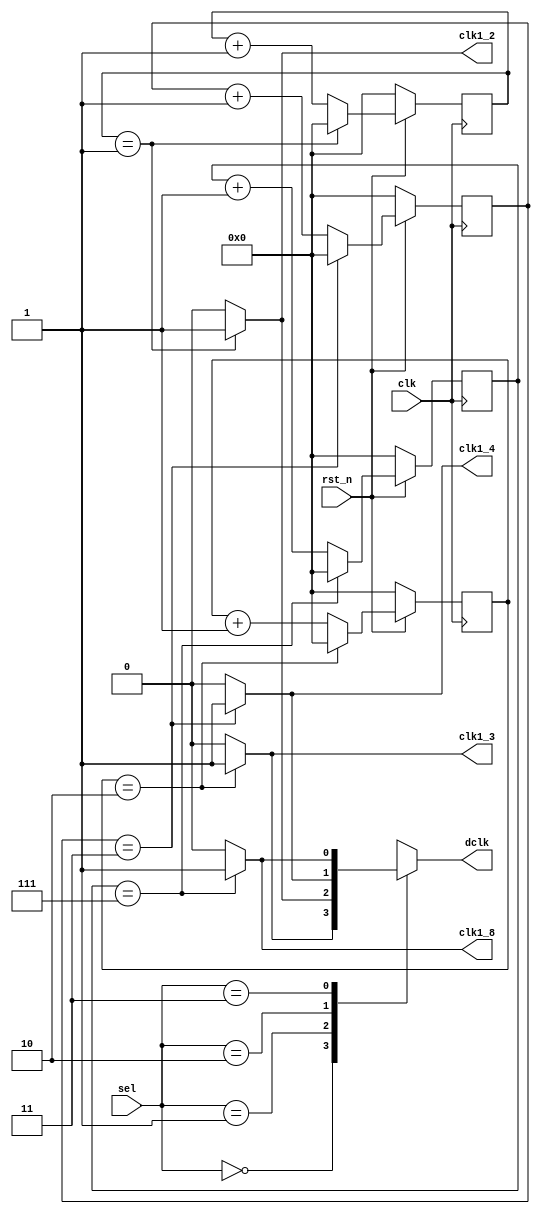
`timescale 1ns/1ps

module Clock_Divider (clk, rst_n, sel, clk1_2, clk1_4, clk1_8, clk1_3, dclk);

input clk;
input rst_n;
input [2-1:0] sel;
output clk1_2;
output clk1_4;
output clk1_8;
output clk1_3;
output reg dclk;

reg [4-1:0] cnt_2;      // count from 0 to 1
reg [4-1:0] cnt_4;      // count from 0 to 3
reg [4-1:0] cnt_8;      // count from 0 to 7
reg [4-1:0] cnt_3;      // count from 0 to 2


// Sequential Circuit
always @(posedge clk) begin
    if (rst_n == 1'b0) begin
        cnt_2 <= 4'b0;
        cnt_4 <= 4'b0;
        cnt_8 <= 4'b0;
        cnt_3 <= 4'b0;
    end
    else begin
        // cnt_2
        if (cnt_2 == 4'd1)
            cnt_2 <= 4'b0;
        else
            cnt_2 <= cnt_2 + 4'b1;
        // cnt_4
        if (cnt_4 == 4'd3)
            cnt_4 <= 4'd0;
        else
            cnt_4 <= cnt_4 + 4'b1;
        // cnt_8
        if (cnt_8 == 4'd7)
            cnt_8 <= 4'b0;
        else
            cnt_8 <= cnt_8 + 4'b1;
        // cnt_3
        if (cnt_3 == 4'd2)
            cnt_3 <= 4'b0;
        else
            cnt_3 <= cnt_3 + 4'b1;
    end
end

// Combinational Circuit
assign clk1_2 = (cnt_2 == 4'd1 ? 1'b1 : 1'b0);
assign clk1_4 = (cnt_4 == 4'd3 ? 1'b1 : 1'b0);
assign clk1_8 = (cnt_8 == 4'd7 ? 1'b1 : 1'b0);
assign clk1_3 = (cnt_3 == 4'd2 ? 1'b1 : 1'b0);

// Combinational Circuit
always @(*) begin
    case (sel)
        2'b00: dclk = clk1_3;
        2'b01: dclk = clk1_2;
        2'b10: dclk = clk1_4;
        2'b11: dclk = clk1_8;
        default: dclk = 4'b0;
    endcase
end


endmodule